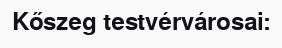
Kőszeg testvérvárosai: